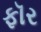
ફૉર